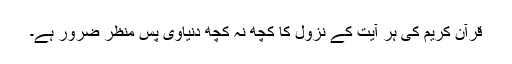
قرآن کریم کی ہر آیت کے نزول کا کچھ نہ کچھ دنیاوی پس منظر ضرور ہے۔